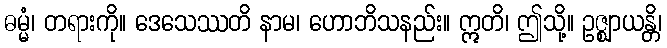
ဓမ္မံ၊ တရားကို။ ဒေသေဿတိ နာမ၊ ဟောဘိသနည်း။ ဣတိ၊ ဤသို့။ ဥဇ္ဈာယန္တိ၊